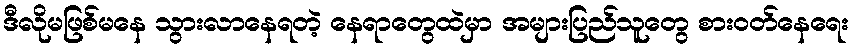
ဒီလိုမဖြစ်မနေ သွားလာနေရတဲ့ နေရာတွေထဲမှာ အများပြည်သူတွေ စားဝတ်နေရေး